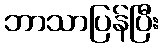
ဘာသာပြန်ပြီး